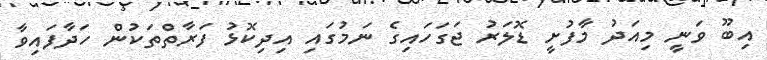
އިބޫ ވަނީ މިއަދު މާފުށީ ޑޮލަރު ޖަގަހައިގެ ނަމުގައި އިދިކޮޅު ފަރާތްތަކުން ހަދާފައިވާ